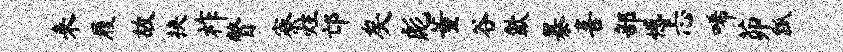
来履故挟祚瞥寮炷邙矣彪董谷歙暴喜部憾忐唏茆瓢